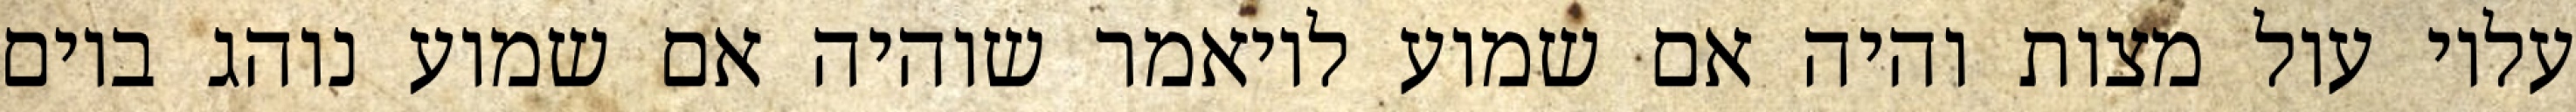
עליו עול מצות והיה אם שמוע לויאמר שוהיה אם שמוע נוהג ביום